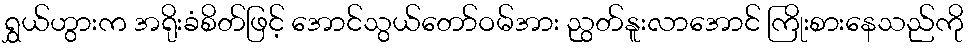
ရွှယ်ဟွားက အရိုးခံစိတ်ဖြင့် အောင်သွယ်တော်ဝမ်အား ညွတ်နူးလာအောင် ကြိုးစားနေသည်ကို